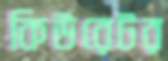
কিউরেটর